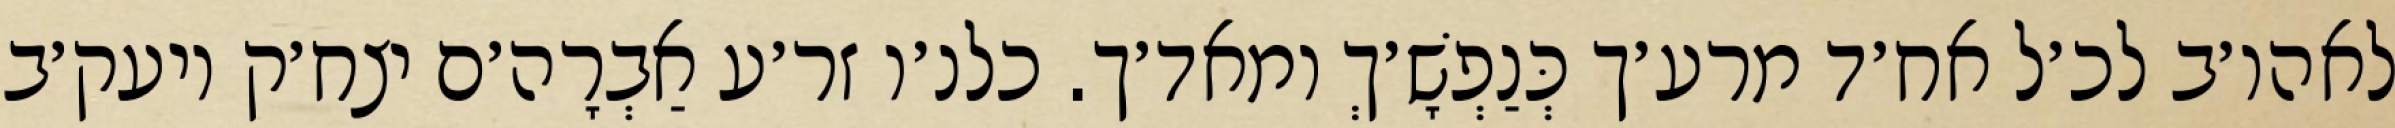
לאהו׳ב לכ׳ל אח׳ד מרע׳ך כְּנַפְשָׁ׳ךְ ומאד׳ך. כלנ׳ו זר׳ע אַבְרָה׳ם יצח׳ק ויעק׳ב